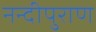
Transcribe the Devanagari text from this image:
नन्दीपुराण